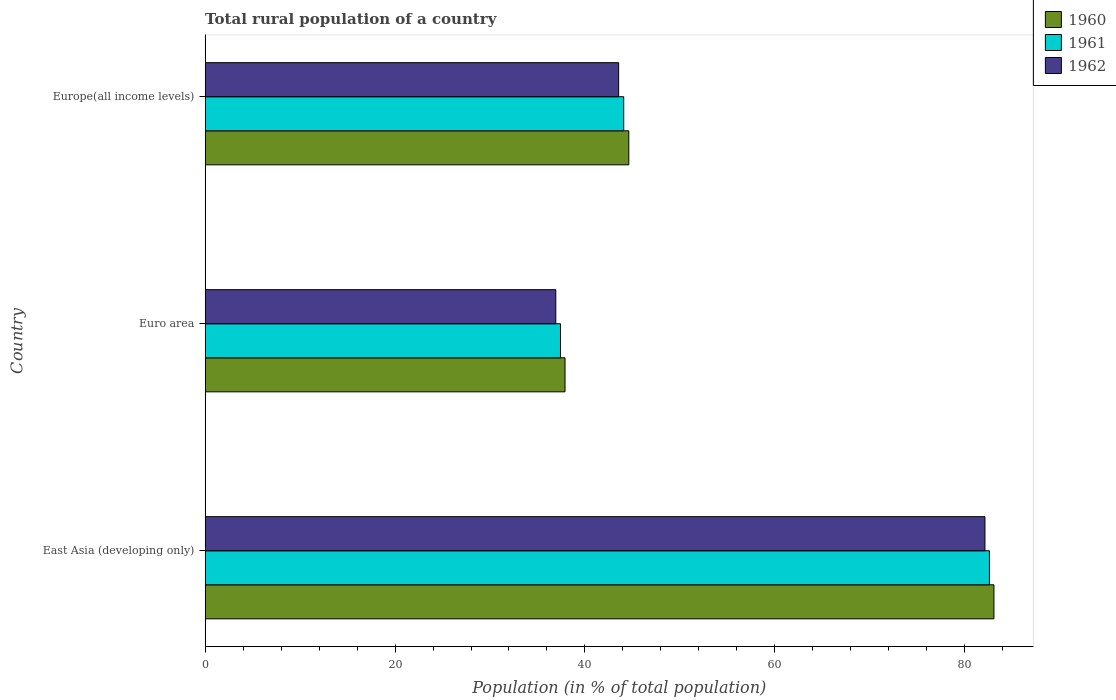
| Country | 1960 | 1961 | 1962 |
 | --- | --- | --- | --- |
 | East Asia (developing only) | 83.1 | 82.6 | 82.1 |
 | Euro area | 37.9 | 37.4 | 36.9 |
 | Europe(all income levels) | 44.6 | 44.1 | 43.6 |